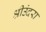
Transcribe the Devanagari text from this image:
श्रीउंदरा